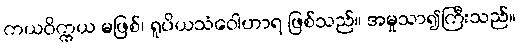
ကယဝိက္ကယ မဖြစ်၊ ရူပိယသံဝေါဟာရ ဖြစ်သည်။ အမှုသာ၍ကြီးသည်။